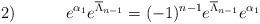
LaTeX: \begin{align*}2) \hspace{.5in} e^{\alpha_1}e^{\overline{\Lambda}_{n-1}} =(-1)^{n-1}e^{\overline{\Lambda}_{n-1}}e^{\alpha_1}\end{align*}